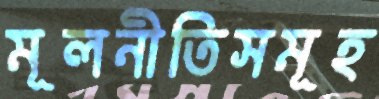
মূলনীতিসমূহ